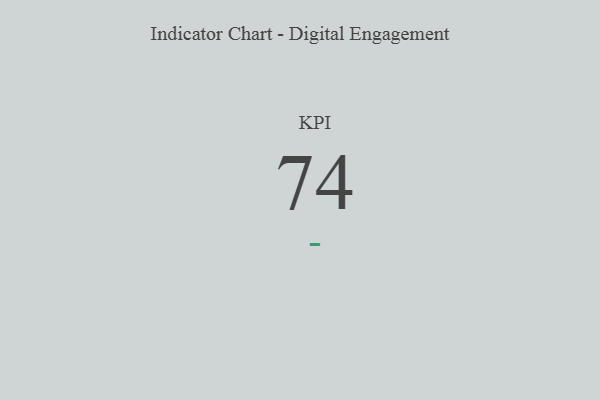
{"axis": {"x": "KPI", "y": "Value"}, "legend": [""], "data": [{"x": "KPI", "y": 74, "type": ""}]}